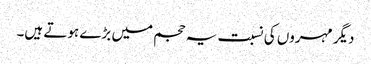
دیگر مہروں کی نسبت یہ حجم میں بڑے ہوتے ہیں۔